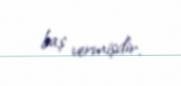
baş vermişdir.